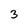
Character: 3